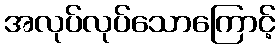
အလုပ်လုပ်သောကြောင့်